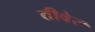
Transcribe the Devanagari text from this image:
तीबेर